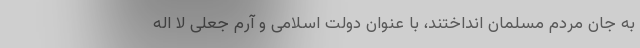
به جان مردم مسلمان انداختند، با عنوان دولت اسلامی و آرم جعلی لا اله